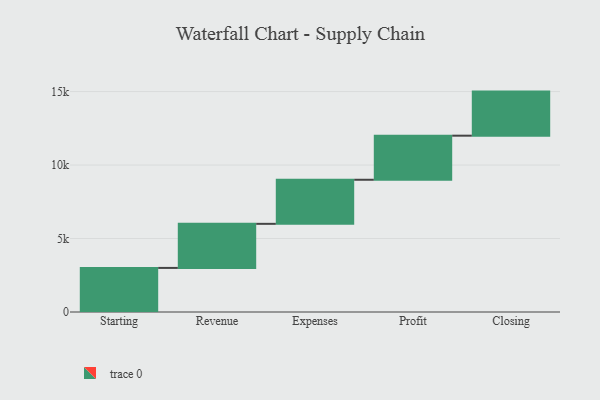
{"axis": {"x": "Step", "y": "Value"}, "legend": [""], "data": [{"x": "Starting", "y": 3000, "type": ""}, {"x": "Revenue", "y": 3000, "type": ""}, {"x": "Expenses", "y": 3000, "type": ""}, {"x": "Profit", "y": 3000, "type": ""}, {"x": "Closing", "y": 3000, "type": ""}]}